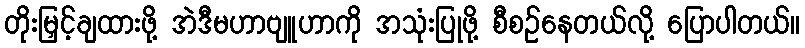
တိုးမြှင့်ချထားဖို့ အဲဒီမဟာဗျူဟာကို အသုံးပြုဖို့ စီစဉ်နေတယ်လို့ ပြောပါတယ်။